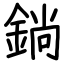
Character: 鋿